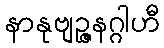
နာနုဗျဉ္ဇနဂ္ဂါဟီ